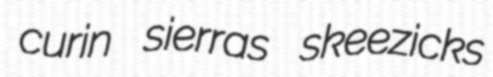
curin sierras skeezicks